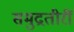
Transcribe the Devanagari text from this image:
समुद्रतीरीं